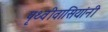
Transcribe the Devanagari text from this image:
पृथ्वीवासियांनी